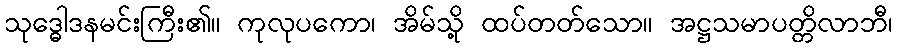
သုဒ္ဓေါဒနမင်းကြီး၏။ ကုလုပကော၊ အိမ်သို့ ထပ်တတ်သော။ အဋ္ဌသမာပတ္တိလာဘီ၊